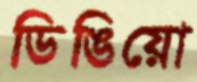
ডিঙিয়ো